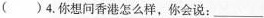
()4.你想问香港怎么样,你会说: ___